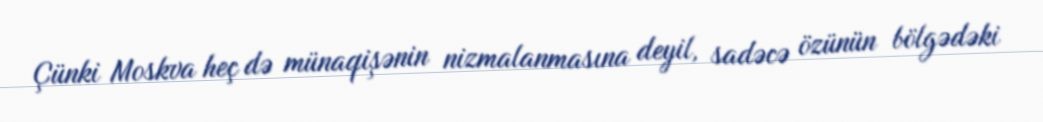
Çünki Moskva heç də münaqişənin nizmalanmasına deyil, sadəcə özünün bölgədəki